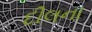
દીલના